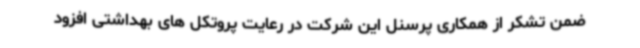
ضمن تشکر از همکاری پرسنل این شرکت در رعایت پروتکل های بهداشتی افزود